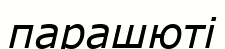
парашюті